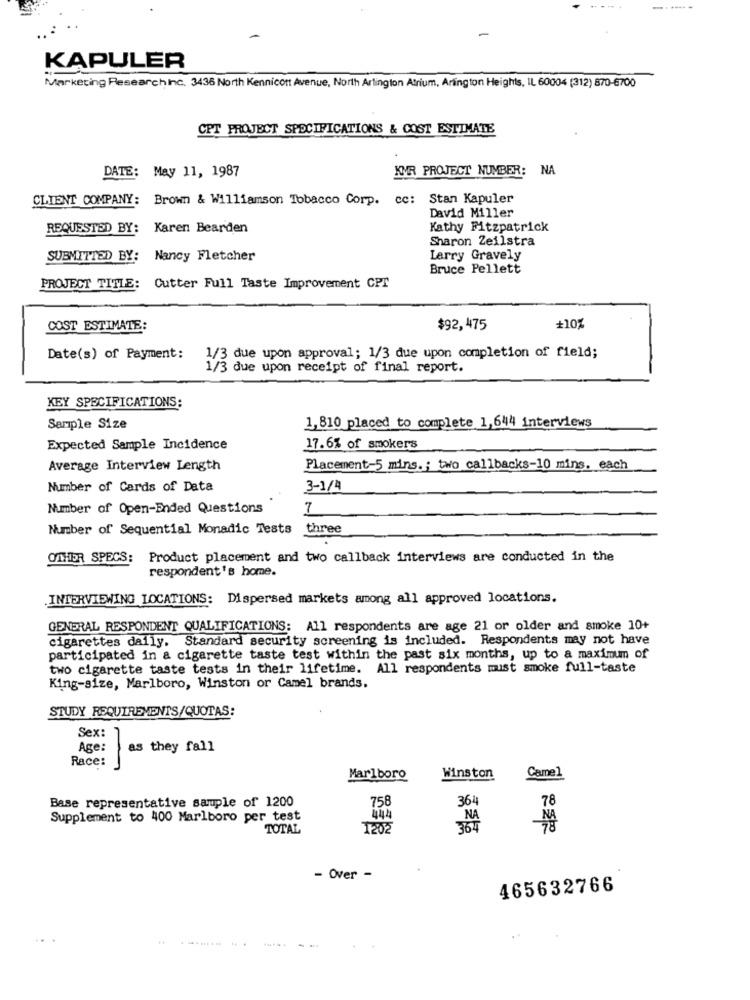
KAPULER
Marketing Researchinc. 3435 North Kennicott Avenue, North Arlington Atrium, Arlington Heights, IL 60004 (312) 870-6700
CPT PROJECT SPECIFICATIONS & COST ESTIMATE
KMR PROJECT NUMBER: NA
DATE: May 11, 1987
CLIENT COMPANY: Brown & Williamson Tobacco Corp. cc: Stan Kapuler
David Miller
REQUESTED BY: Karen Bearden
Kathy Fitzpatrick
Sharon Zeilstra
SUBMITTED BY:
Nancy Fletcher
Larry Gravely
Bruce Pellett
PROJECT TITLE: Cutter Full Taste Improvement CPT
COST ESTIMATE:
$92,475
+10%
Date(s) of Payment:
1/3 due upon approval; 1/3 due upon completion of field;
1/3 due upon receipt of final report.
KEY SPECIFICATIONS:
Sample Size
1,810 placed to complete 1,644 interviews
Expected Sample Incidence
17.6% of smokers
Average Interview Length
Placement-5 mins .; two callbacks-10 mins. each
Number of Cards of Data
3-1/4
Number of Open-Ended Questions
7
Number of Sequential Monadic Tests
three
OTHER SPECS:
Product placement and two callback interviews are conducted in the
respondent's home.
INTERVIEWING LOCATIONS: Dispersed markets among all approved locations.
GENERAL RESPONDENT QUALIFICATIONS: All respondents are age 21 or older and smoke 10+
cigarettes daily. Standard security screening is included. Respondents may not have
participated in a cigarette taste test within the past six months, up to a maximum of
two cigarette taste tests in their lifetime. All respondents must smoke full-taste
King-size, Marlboro, Winston or Camel brands.
STUDY REQUIREMENTS/QUOTAS:
Sex: 1
Age: as they fall
Race:
Marlboro
Winston
Camel
Base representative sample of 1200
361
78
758
Supplement to 400 Marlboro per test
TOTAL
1202
- Over -
465632766